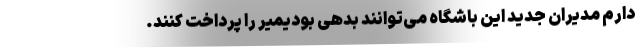
دارم مدیران جدید این باشگاه می‌توانند بدهی بودیمیر را پرداخت کنند.